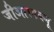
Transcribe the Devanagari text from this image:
जीआरडब्ल्यू